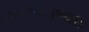
નવનીતભાઇ